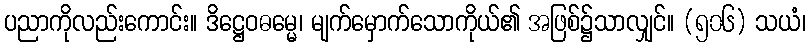
ပညာကိုလည်းကောင်း။ ဒိဋ္ဌေဝဓမ္မေ၊ မျက်မှောက်သောကိုယ်၏ အဖြစ်၌သာလျှင်။ (၅၀၆) သယံ၊